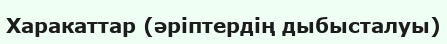
Харакаттар (әріптердің дыбысталуы)